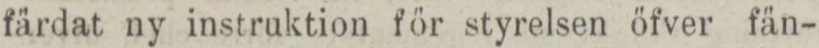
färdat ny instruktion för styrelsen öfver fän-